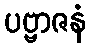
ပဗ္ဗာဇနံ